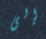
إلى